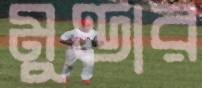
মুণ্ডার